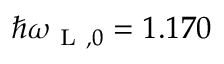
\hbar \omega _ { \mathrm { ~ L ~ } , 0 } = 1 . 1 7 0